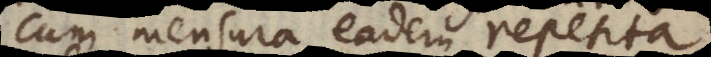
cum mensura eadem repetita